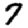
Digit: 7